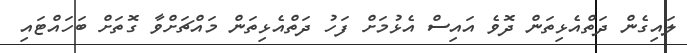
ލައިގެން ދަތްއެޅިތަން ދޮވެ އައިސް އެޅުމަށް ފަހު ދަތްއެޅިތަން މައްޗަށްވާ ގޮތަށް ބަހައްޓައި